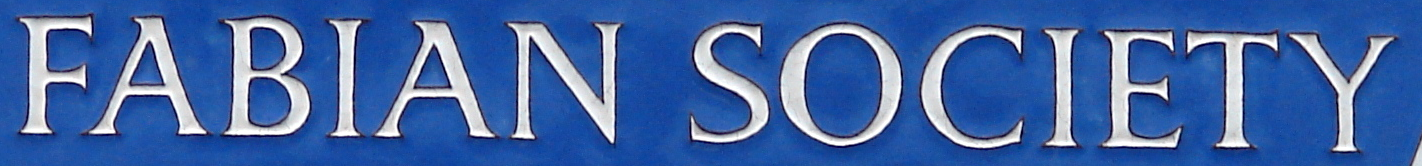
FABIAN SOCIETY